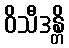
ဝိသီဒန္တိ